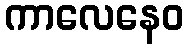
ကာလေနေဝ